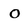
Character: O